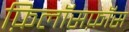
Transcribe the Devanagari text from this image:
फ़िलॉसफ़ॉस